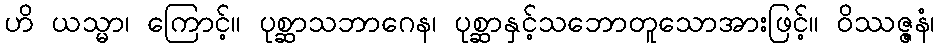
ဟိ ယသ္မာ၊ ကြောင့်။ ပုစ္ဆာသဘာဂေန၊ ပုစ္ဆာနှင့်သဘောတူသောအားဖြင့်။ ဝိဿဇ္ဇနံ၊